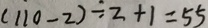
( 1 1 0 - 2 ) \div 2 + 1 = 5 5